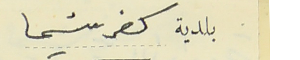
بلدية كفرشيما